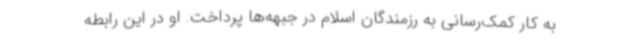
به کار کمک‌رسانی به رزمندگان اسلام در جبهه‌ها پرداخت. او در این رابطه